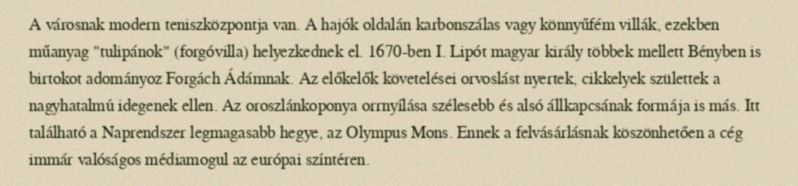
A városnak modern teniszközpontja van. A hajók oldalán karbonszálas vagy könnyűfém villák, ezekben műanyag "tulipánok" (forgóvilla) helyezkednek el. 1670-ben I. Lipót magyar király többek mellett Bényben is birtokot adományoz Forgách Ádámnak. Az előkelők követelései orvoslást nyertek, cikkelyek születtek a nagyhatalmú idegenek ellen. Az oroszlánkoponya orrnyílása szélesebb és alsó állkapcsának formája is más. Itt található a Naprendszer legmagasabb hegye, az Olympus Mons. Ennek a felvásárlásnak köszönhetően a cég immár valóságos médiamogul az európai színtéren.